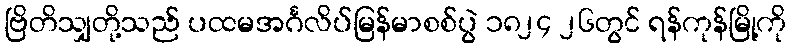
ဗြိတိသျှတို့သည် ပထမအင်္ဂလိပ်မြန်မာစစ်ပွဲ ၁၈၂၄ ၂၆တွင် ရန်ကုန်မြို့ကို